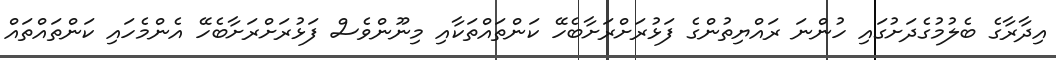
އިދާރާގެ ބެލުމުގެދަށުގައި ހުންނަ ރައްޔިތުންގެ ފަޅުރަށްރަށާބެހޭ ކަންތައްތަކާއި މިނޫންވެސް ފަޅުރަށްރަށާބެހޭ އެންމެހައި ކަންތައްތައް